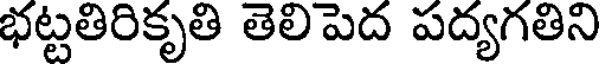
భట్టతిరికృతి తెలిపెద పద్యగతిని